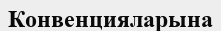
Конвенцияларына